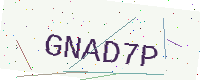
Text: GNAD7P